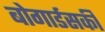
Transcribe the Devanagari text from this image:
बोगार्डसकी